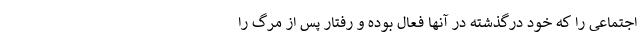
اجتماعی را که خودِ درگذشته در آنها فعال بوده و رفتار پس از مرگ را